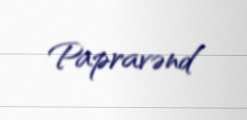
Papravənd